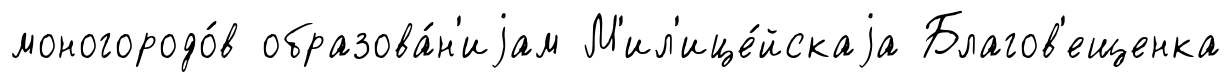
моногородо́в образова́н'иjам М'ил'ице́йскаjа Благов'ещенка